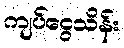
ကျပ်ငွေသိန်း